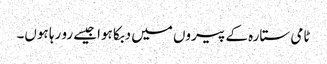
ٹامی ستارہ کے پیروں میں دبکا ہواجیسے رو رہا ہوں۔